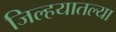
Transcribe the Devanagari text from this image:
जिल्हयातल्या